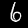
Digit: 6